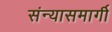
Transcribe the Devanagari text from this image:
संन्यासमार्गी